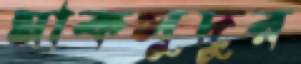
মাকসুদুর